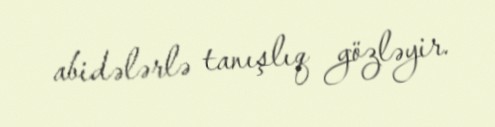
abidələrlə tanışlıq gözləyir.